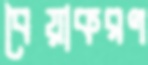
বৈয়াকরণ